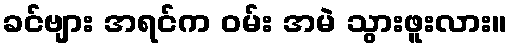
ခင်ဗျား အရင်က ဝမ်း အမဲ သွားဖူးလား။